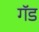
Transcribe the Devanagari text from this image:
गॅड